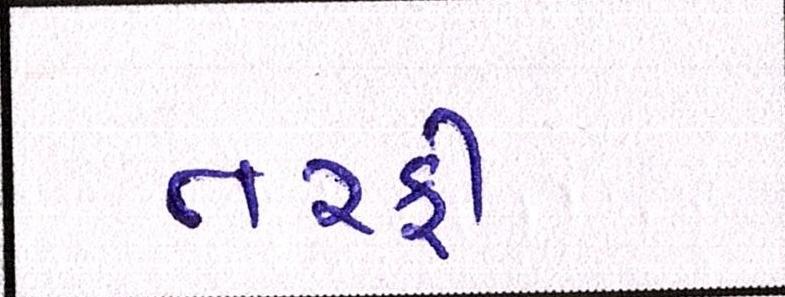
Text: તરફી